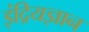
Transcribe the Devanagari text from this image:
इंद्रियज्ञान